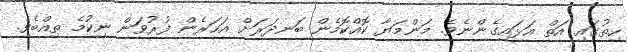
ހިތުގައި އަތް އަޅައިގެންނެވެ. މަންމަޔާ ކޮއްކޮމެން ބަނދަރަށް އަހަރެން ފުރުވަން ނިކުމެ ތިއްބެވެ.